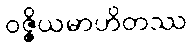
ဝဇ္ဇိယမာဟိတဿ